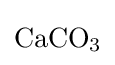
{\mathrm {CaCO} {\vphantom {A}}_{\smash[{t}]{3}}}